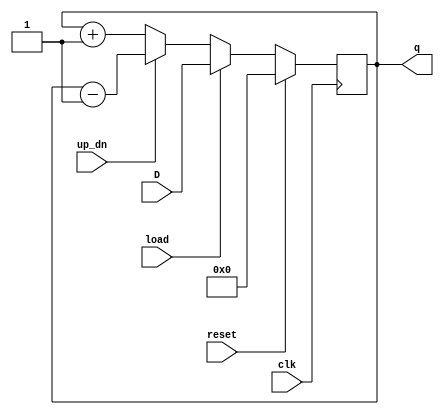
module myCounter ( 
	input [3:0] D,
	input up_dn,
	input clk,
	input reset,
	input load,
	output reg [3:0] q
);


always@(posedge clk)
begin
	if(reset)
		q <= 4'b0000;
	else if (load)
		q <= D;
	else if (up_dn)
			q <= q - 1;
	else 
		q <= q + 1;
end
endmodule